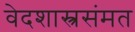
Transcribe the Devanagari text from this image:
वेदशास्त्रसंमत